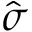
\hat { \sigma }